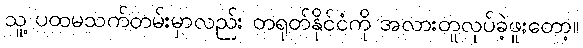
သူ့ ပထမသက်တမ်းမှာလည်း တရုတ်နိုင်ငံကို အလားတူလုပ်ခဲ့ဖူးတော့။